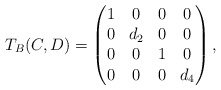
\begin{align*} T_{B}(C,D) = \begin{pmatrix} 1 & 0 & 0 & 0 \\ 0 & d_2 & 0 & 0 \\ 0 & 0 & 1 & 0 \\ 0 & 0 & 0 & d_4 \end{pmatrix},\end{align*}